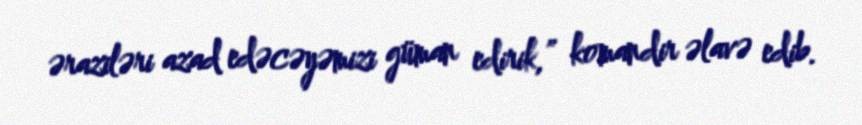
əraziləri azad edəcəyəmizi güman edirik,” komandir əlavə edib.